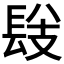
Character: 𨱹